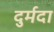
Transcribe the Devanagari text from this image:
दुर्मदा